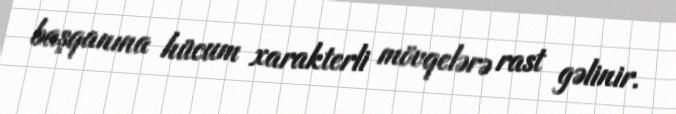
başqanına hücum xarakterli mövqelərə rast gəlinir.